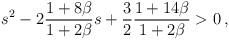
LaTeX: \begin{align*}s^2-2\frac{1+8\beta}{1+2\beta}s+\frac{3}{2}\frac{1+14\beta}{1+2\beta}>0\,,\end{align*}